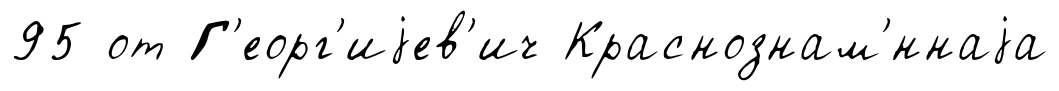
95 от Г'еорг'иjев'ич Краснознам'́ннаjа